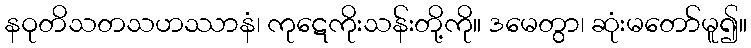
နဝုတိသတသဟဿာနံ၊ ကုဋေကိုးသန်းတို့ကို။ ဒမေတွာ၊ ဆုံးမတော်မူ၍။